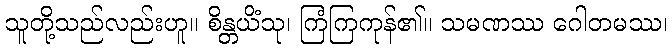
သူတို့သည်လည်းဟူ။ စိန္တယိံသု၊ ကြံကြကုန်၏။ သမဏဿ ဂေါတမဿ၊